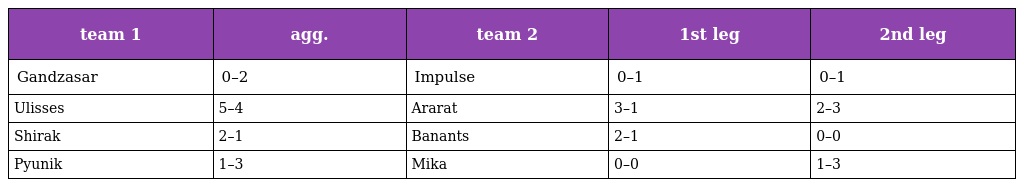
| team 1 | agg. | team 2 | 1st leg | 2nd leg |
 | --- | --- | --- | --- | --- |
 | Gandzasar | 0–2 | Impulse | 0–1 | 0–1 |
 | Ulisses | 5–4 | Ararat | 3–1 | 2–3 |
 | Shirak | 2–1 | Banants | 2–1 | 0–0 |
 | Pyunik | 1–3 | Mika | 0–0 | 1–3 |